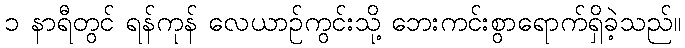
၁ နာရီတွင် ရန်ကုန် လေယာဉ်ကွင်းသို့ ဘေးကင်းစွာရောက်ရှိခဲ့သည်။